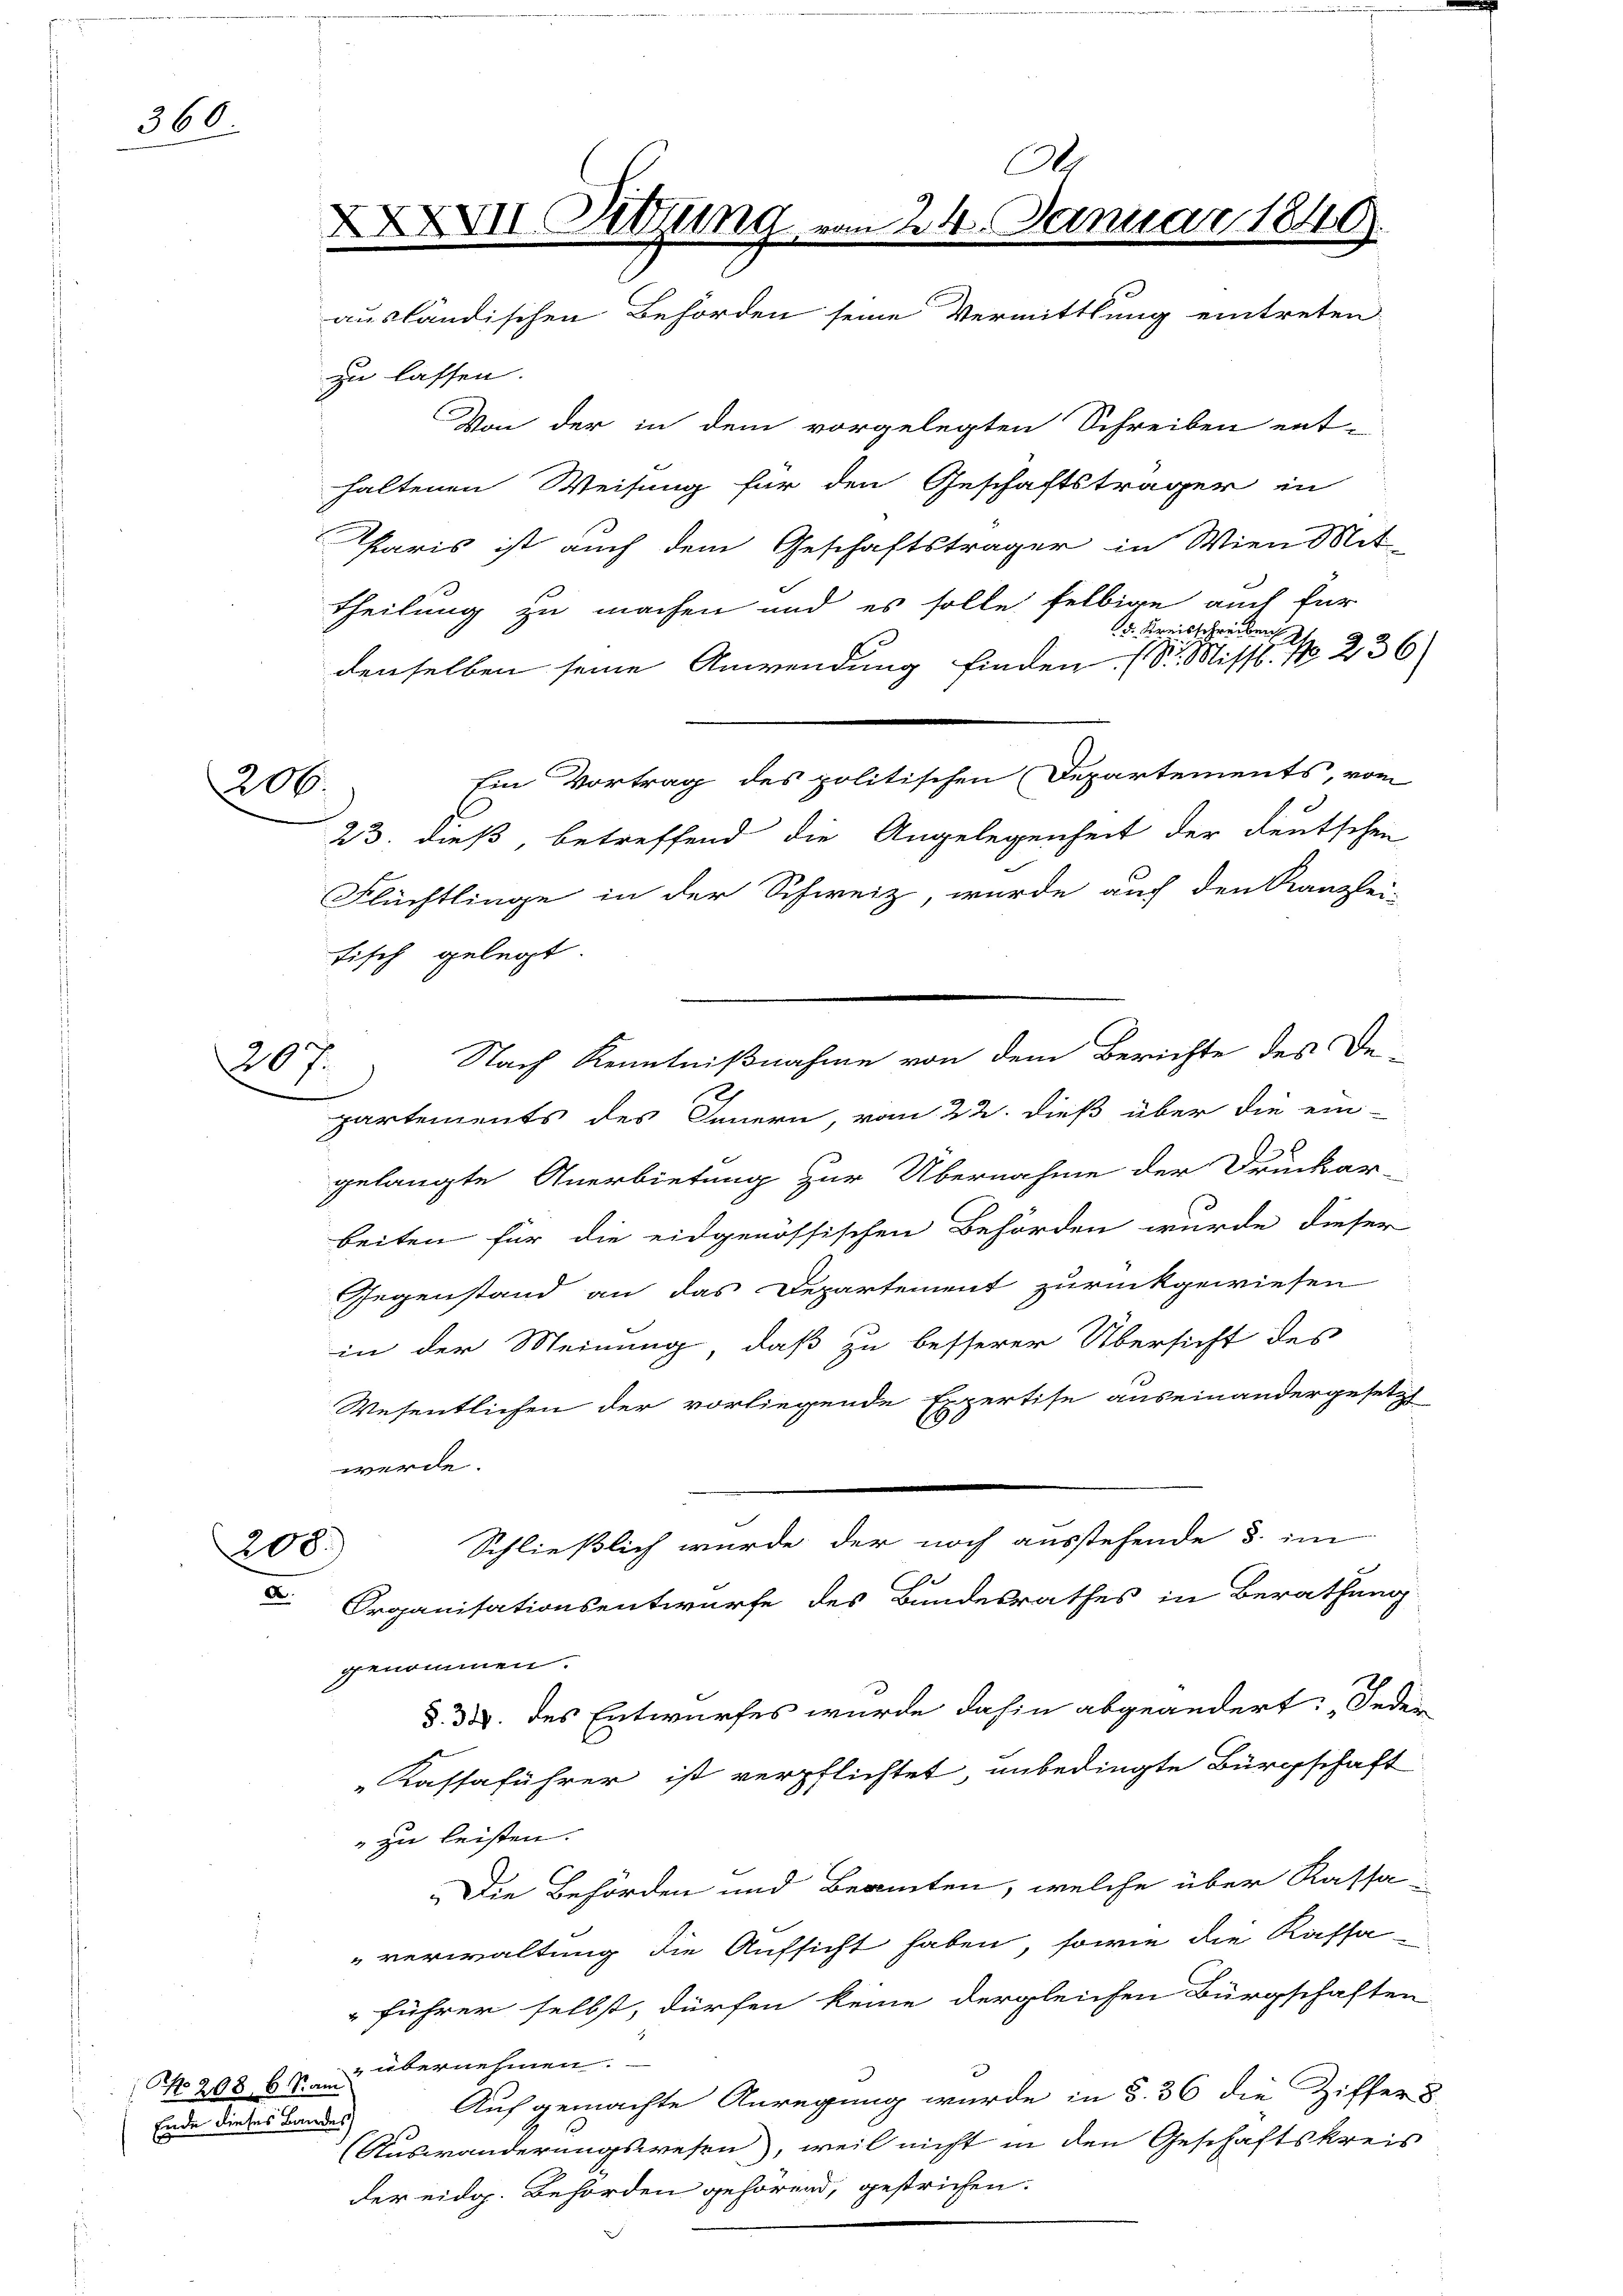
360

200.

207.

200.

ee einen

zu lassen.
Von der in dem vorgelegten Schreiben ent-
haltenen Weisung für den Geschäftsträger in
Paris ist auch dem Geschäftsträger in Wien Mit-
theilung zu machen und es solle selbige auch für
d. Kreisschreiben
denselben seine Anwendung finden. (Dr. Misst. No 236
Ein Vortrag des politischen Departements, vom
23. dieß, betreffend die Angelegenheit der deutschen
Flüchtlinge in der Schweiz, wurde auch den Kanzlei-
tisch gelegt.
Nach Kenntnißnahme von dem Berichte des De-
partements des Innern, vom 22. dieß über die ein-
gelangte Anerbietung zur Übernahme der Druckar-
beiten für die eidgenössischen Behörden wurde dieser
Gegenstand an das Departement zurückgewiesen
in der Meinung, daß zu besserer Übersicht des
Wesentlichen der vorliegende Expertise auseinandergesetzt
werde.
Schließlich wurde der noch ausstehende d. im
Organisationsentwurfe des Bundesrathes in Berathung
genommen.
§. 33. des Entwurfes wurde dahin abgeändert: „Jeder
Kassaführer ist verpflichtet, unbedingte Bürgschaft
 zu leisten.
Die Behörden und Beamten, welche über Kassa-
"verwaltung die Aufsicht haben, sowie die Kassa-
führer selbst, dürfen keine dergleichen Bürgschaften
No 208, 6 Mai übernehmen.
Auf gemachte Anregung wurde in §. 36 die Ziffer 5.
(Auswanderungswesen, weil nicht in den Geschäftskreis
der eidg. Behörden gehörend, gestrichen.

2

0
XXXVII. Ritzung vom 24. Januar 1848
ausländischen Behörden seine Vermittlung eintreten